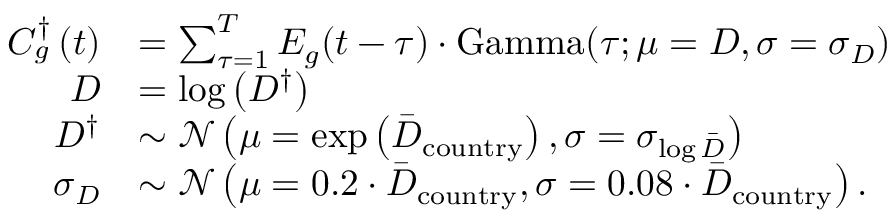
\begin{array} { r l } { C _ { g } ^ { \dagger } \left( t \right) } & { = \sum _ { \tau = 1 } ^ { T } E _ { g } ( t - \tau ) \cdot \mathrm { G a m m a } ( \tau ; \mu = D , \sigma = \sigma _ { D } ) } \\ { D } & { = \log \left( D ^ { \dagger } \right) } \\ { D ^ { \dagger } } & { \sim \mathcal { N } \left( \mu = \mathrm { e x p } \left( \Bar { D } _ { \mathrm { c o u n t r y } } \right) , \sigma = \sigma _ { \log \Bar { D } } \right) } \\ { \sigma _ { D } } & { \sim \mathcal { N } \left( \mu = 0 . 2 \cdot \Bar { D } _ { \mathrm { c o u n t r y } } , \sigma = 0 . 0 8 \cdot \Bar { D } _ { \mathrm { c o u n t r y } } \right) . } \end{array}